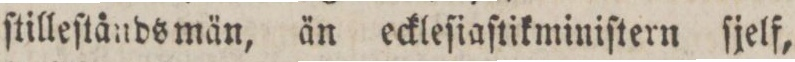
ſtilleſtåndsmän, än eckleſiaſtikminiſtern ſjelf,